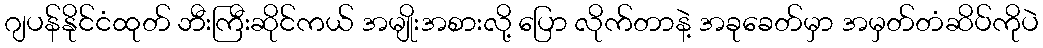
ဂျပန်နိုင်ငံထုတ် ဘီးကြီးဆိုင်ကယ် အမျိုးအစားလို့ ပြော လိုက်တာနဲ့ အခုခေတ်မှာ အမှတ်တံဆိပ်ကိုပဲ